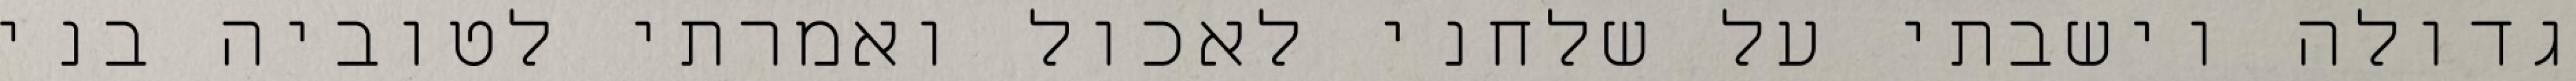
גדולה וישבתי על שלחני לאכול ואמרתי לטוביה בני